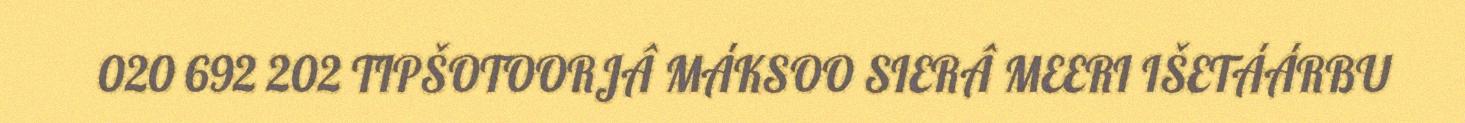
020 692 202 TIPŠOTOORJÂ MÁKSOO SIERÂ MEERI IŠETÁÁRBU